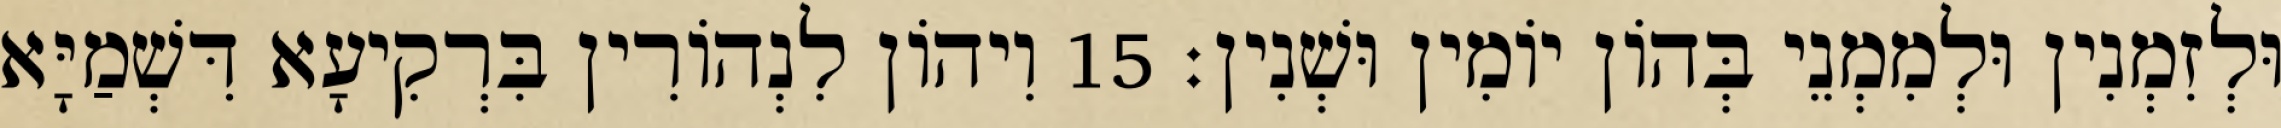
וּלְזִמְנִין וּלְמִמְנֵי בְּהוֹן יוֹמִין וּשְׁנִין׃ 15 וִיהוֹן לִנְהוֹרִין בִּרְקִיעָא דִּשְׁמַיָּא